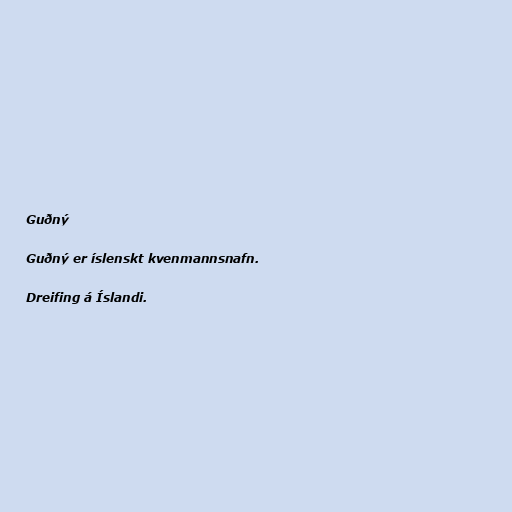
Guðný

Guðný er íslenskt kvenmannsnafn.

Dreifing á Íslandi.